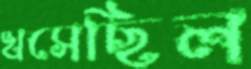
খসেছিল